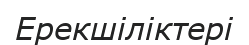
Ерекшіліктері